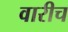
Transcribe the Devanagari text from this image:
वारीच